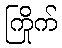
ကြိုက်